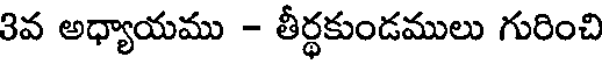
3వ అధ్యాయము - తీర్థకుండములు గురించి